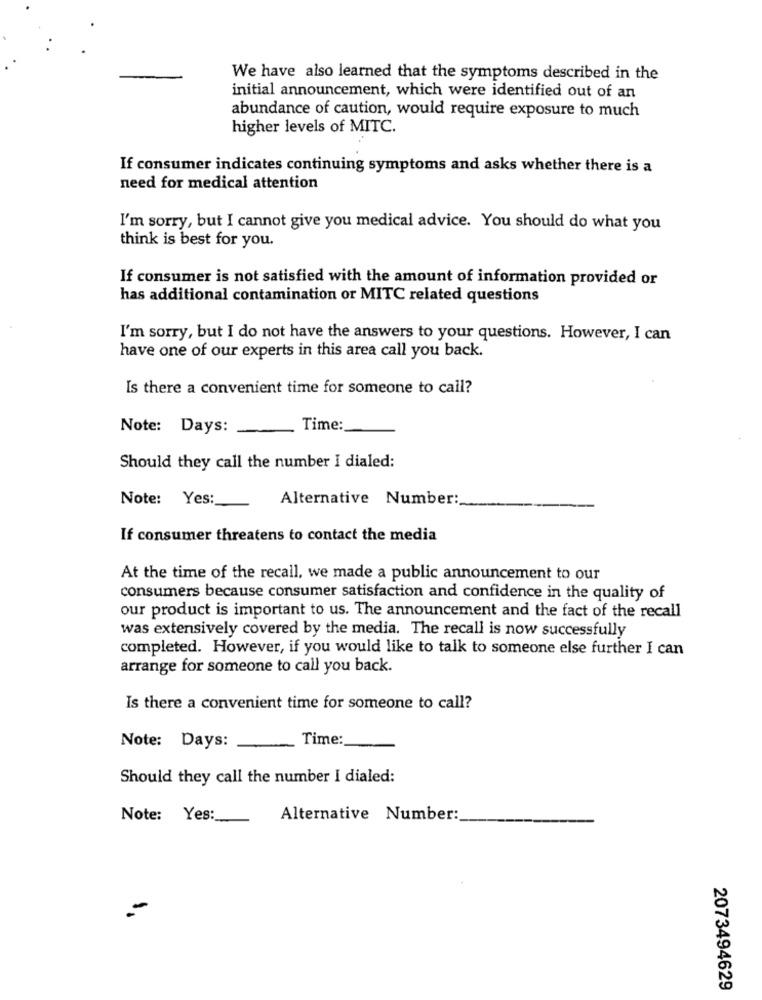
We have also learned that the symptoms described in the
initial announcement, which were identified out of an
abundance of caution, would require exposure to much
higher levels of MITC.
If consumer indicates continuing symptoms and asks whether there is a
need for medical attention
I'm sorry, but I cannot give you medical advice. You should do what you
think is best for you.
If consumer is not satisfied with the amount of information provided or
has additional contamination or MITC related questions
I'm sorry, but I do not have the answers to your questions. However, I can
have one of our experts in this area call you back.
Is there a convenient time for someone to call?
Note: Days:
Time:
Should they call the number I dialed:
Note: Yes:
Alternative Number:
If consumer threatens to contact the media
At the time of the recall, we made a public announcement to our
consumers because consumer satisfaction and confidence in the quality of
our product is important to us. The announcement and the fact of the recall
was extensively covered by the media. The recall is now successfully
completed. However, if you would like to talk to someone else further I can
arrange for someone to call you back.
Is there a convenient time for someone to call?
Time:
Note: Days:
Should they call the number I dialed:
Note: Yes:
Alternative Number:
-
2073494629